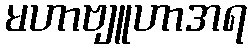
မဟာဗျူဟာအရ